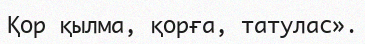
Қор қылма, қорға, татулас».